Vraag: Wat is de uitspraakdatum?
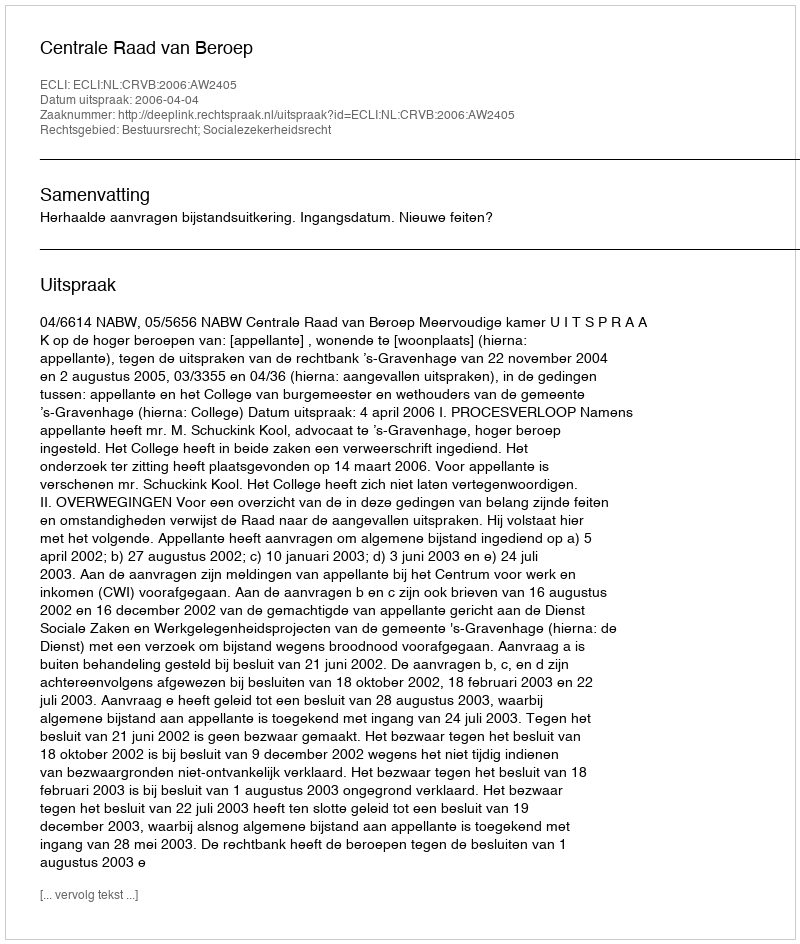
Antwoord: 2006-04-04